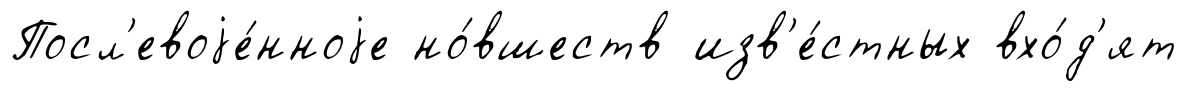
Посл'евоjе́нноjе но́вшеств изв'е́стных вхо́д'ят